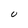
Character: U